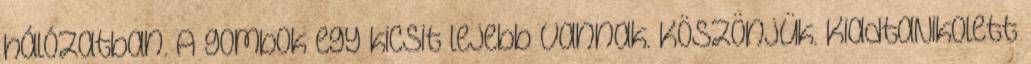
hálózatban. A gombok egy kicsit lejebb vannak. Köszönjük. KiadtaNikolett